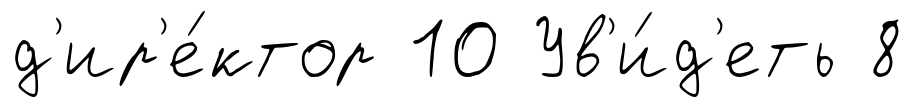
д'ир'е́ктор 10 Ув'и́д'еть 8